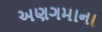
અણગમાના